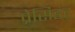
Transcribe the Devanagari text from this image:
प्रेसिडंट